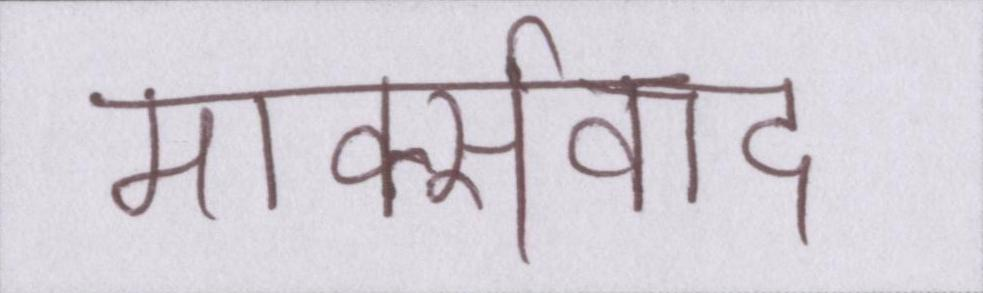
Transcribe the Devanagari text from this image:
मार्क्सवाद